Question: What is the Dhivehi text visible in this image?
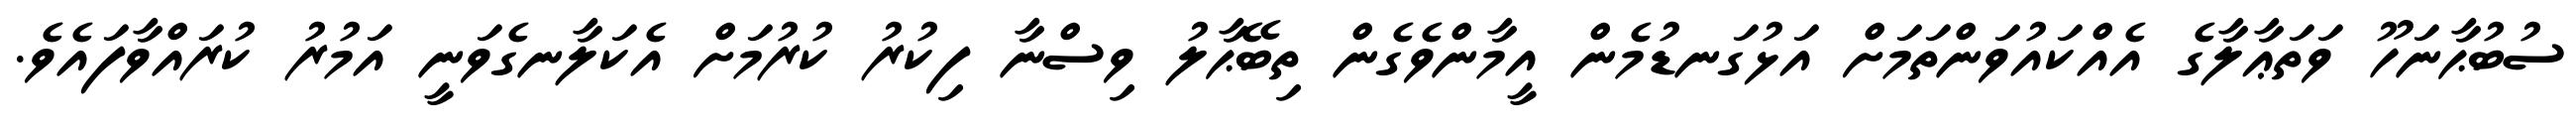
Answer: ސުބުޙާނަހޫ ވަތަޢާލާގެ އެއްކައުވަންތަމަށް އަޅުގަނޑުމެން އީމާންވެގެން ތިބޭޙާލު ވިސްނާ ފިކުރު ކުރުމަށް އެކަލާނގެވަނީ އަމުރު ކުރައްވާފައެވެ.